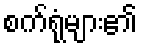
စက်ရုံများ၏